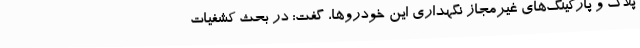
پلاک و پارکینگ‌های غیرمجاز نگهداری این خودروها، گفت: در بحث کشفیات